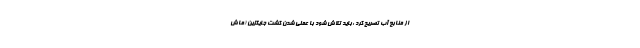
از منابع آب تصریح کرد :باید تلاش شود با عملی شدن کشت جایگزین (ماش